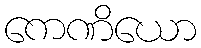
ကေဏိယော